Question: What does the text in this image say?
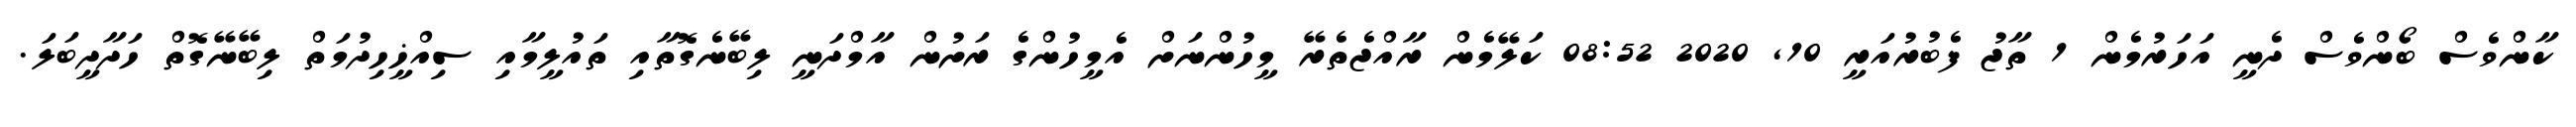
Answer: ކާންވެސް ބޯންވެސް ދެނީ އަހަރުމެން 1 ތާޖު ފެބުރުއަރީ 10, 2020 08:52 ކަލޭމެން ރާއްޖެތެރޭ މީހުންނަށް އެމީހުންގެ ރަށުން އާމްދަނީ ލިބޭނެގޮތާއި ތައުލީމާއި ސިއްޚީހިދުމަތް ލިބޭނޭގޮތް ހަދާދީބަލަ.